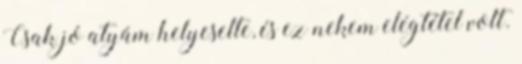
Csak jó atyám helyeselte, és ez nekem elégtétel volt.